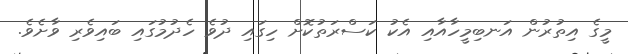
މީގެ އިތުރުން އަނބިމީހާއާއި އެކު ކަސްރަތުކޮށް ހިގައި ދުވެ ހެދުމުގައި ބައިވެރި ވާށެވެ.